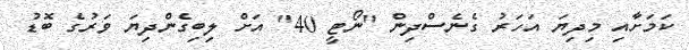
ކަމަށާއި މިދިޔަ އަހަރު ގެނެސްދިން "ނޯޓީ 40" އަށް ލިބިގެންދިޔަ ވަރުގެ ބޮޑު